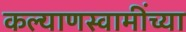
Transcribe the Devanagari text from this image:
कल्याणस्वामींच्या